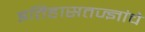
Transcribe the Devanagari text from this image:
इतिहासतज्ज्ञांचे